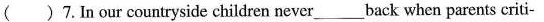
( )7.In our countryside children never ___ back when parents criti-